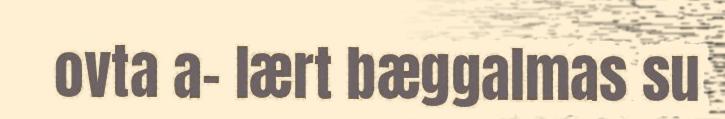
ovta a- lært bæggalmas su